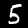
Label: 5